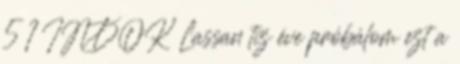
5 1 INDOK Lassan tíz éve próbálom ezt a